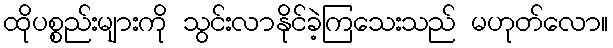
ထိုပစ္စည်းများကို သွင်းလာနိုင်ခဲ့ကြသေးသည် မဟုတ်လော။